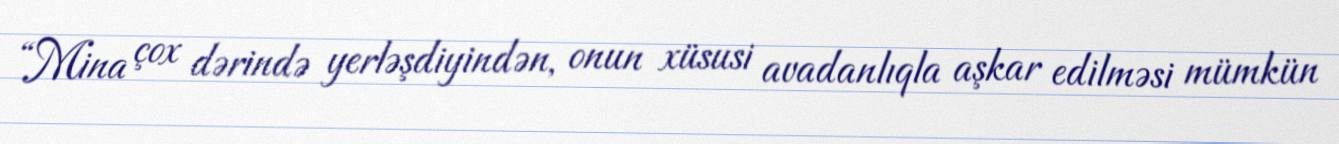
“Mina çox dərində yerləşdiyindən, onun xüsusi avadanlıqla aşkar edilməsi mümkün